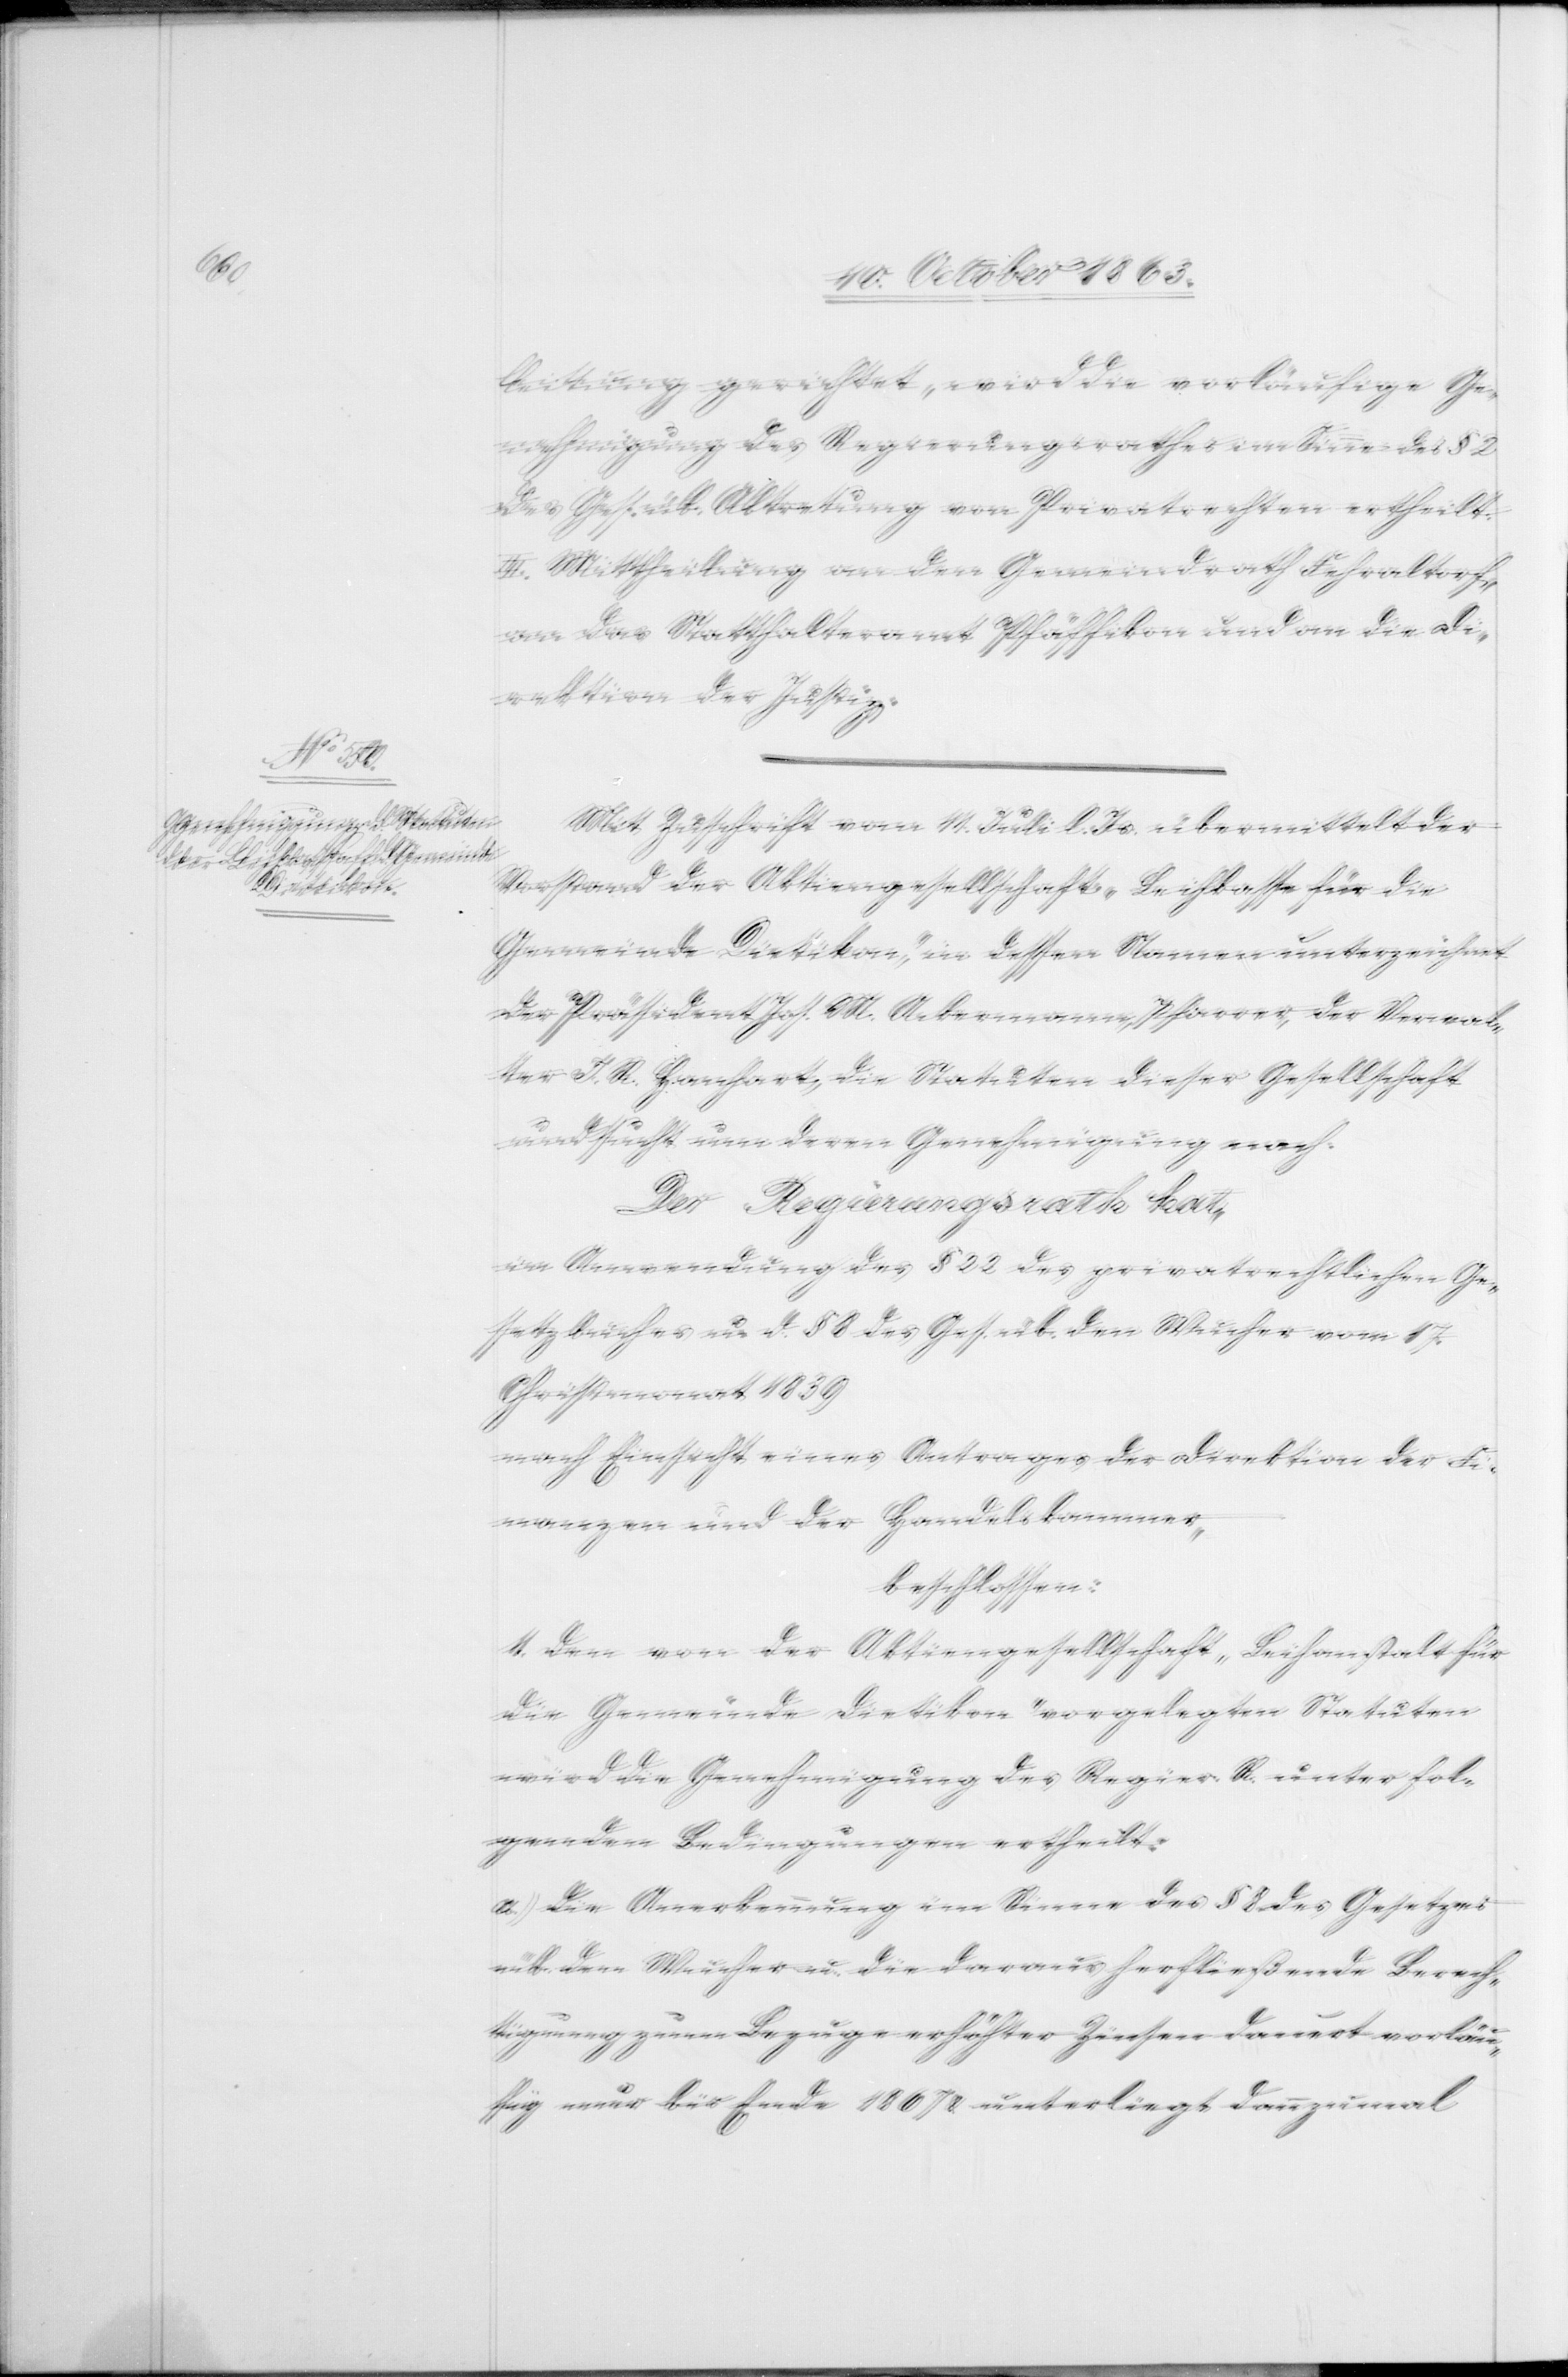
leitung gerichtet, wird die vorläufige Ge¬
nehmigung des Regierungsrathes im Sinne des § 2
des Ges. üb. Abtretung von Privatrechten ertheilt.
II. Mittheilung an den Gemeindrath Fehraltorf,
an das Statthalteramt Pfäffikon und an die Di¬
rektion der Justiz.
Mit Zuschrift vom 11. Juli l. Js. übermittelt der
Vorstand der Aktiengesellschaft „Leihkasse für die
Gemeinde Dietikon“, in dessen Namen unterzeichnet
der Präsident Jos. M. Ackermann, Pfarrer, der Verwal¬
ter J. R. Hanhart, die Statuten dieser Gesellschaft
und sucht um deren Genehmigung nach.
Der Regierungsrath hat,
in Anwendung des § 22 des privatrechtlichen Ge¬
setzbuches u. d. § 8 des Ges. üb. den Wucher vom 17.
Christmonat 1839
nach Einsicht eines Antrages der Direktion der Fi¬
nanzen und der Handelskammer,
beschlossen:
Den von der Aktiengesellschaft „Leihanstalt für
die Gemeinde Dietikon“ vorgelegten Statuten
wird die Genehmigung des Regier. R. unter fol¬
genden Bedingungen ertheilt:
a. die Anerkennung im Sinne des § 8 des Gesetzes
üb. den Wucher u. die daraus herfließende Berech¬
tigung zum Bezuge erhöhter Zinsen dauert vorläu¬
fig nur bis Ende 1867 & unterliegt dannzumal